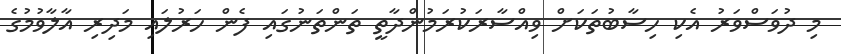
މި ދުވަސްވަރު އެކި ހިސާބުތަކަށް ވިއްސާރަކުރަމުންދާތީ ތަންތަނުގައި ފެން ހަރުލައި މަދިރި އާލާވުމުގެ